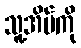
သူ့အိမ်ကို